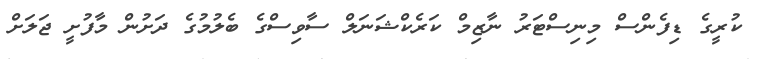
ކުރީގެ ޑިފެންސް މިނިސްޓަރު ނާޒިމް ކަރެކްޝަނަލް ސާވިސްގެ ބެލުމުގެ ދަށުން މާފުށީ ޖަލަށް